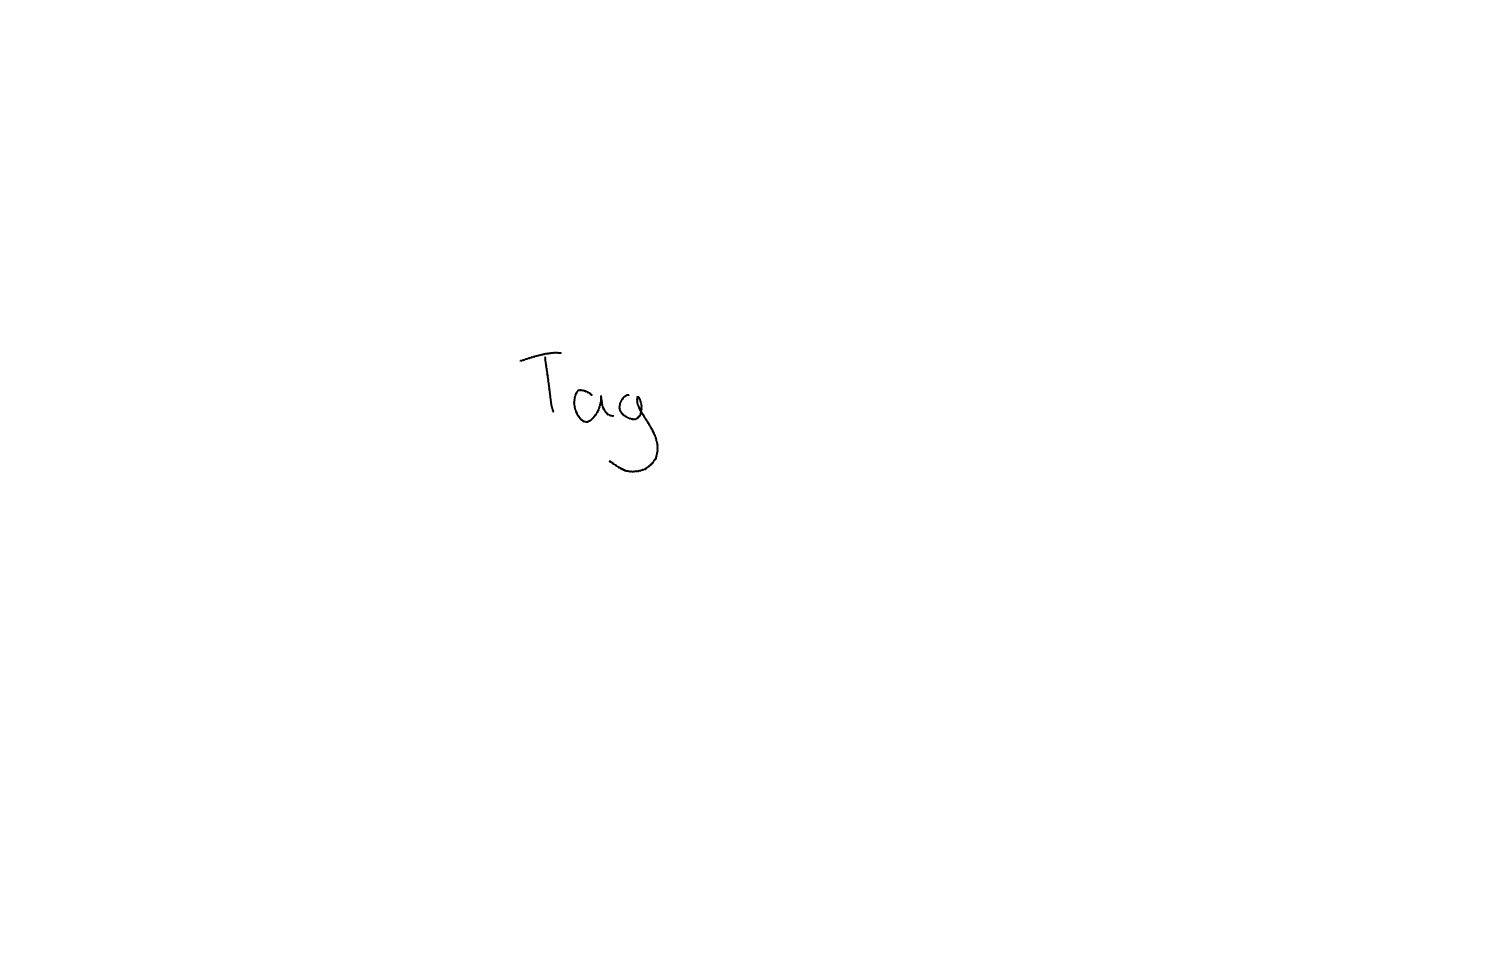
Text: Tag